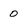
Character: 0